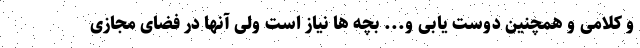
و کلامی و همچنین دوست یابی و... بچه ها نیاز است ولی آنها در فضای مجازی